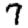
Digit: 7